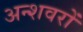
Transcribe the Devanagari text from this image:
अन्शवरों